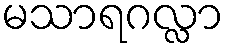
မသာရဂလ္လာ